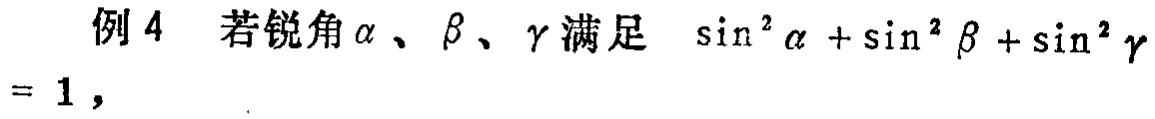
例 4 若锐角\(\alpha\)、\(\beta\)、\(\gamma\)满足 \(\sin^{2}\alpha+\sin^{2}\beta+\sin^{2}\gamma = 1\)，